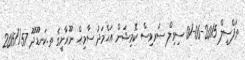
ތަފްސީލް 2015-06-01 ސިވިލް ސަރވިސް ކޮމިޝަން އަޙްމަދު ސާމިޙް ނޫރާނީގެ ތ.ކަނޑޫދޫ 57//2015